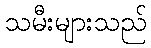
သမီးများသည်